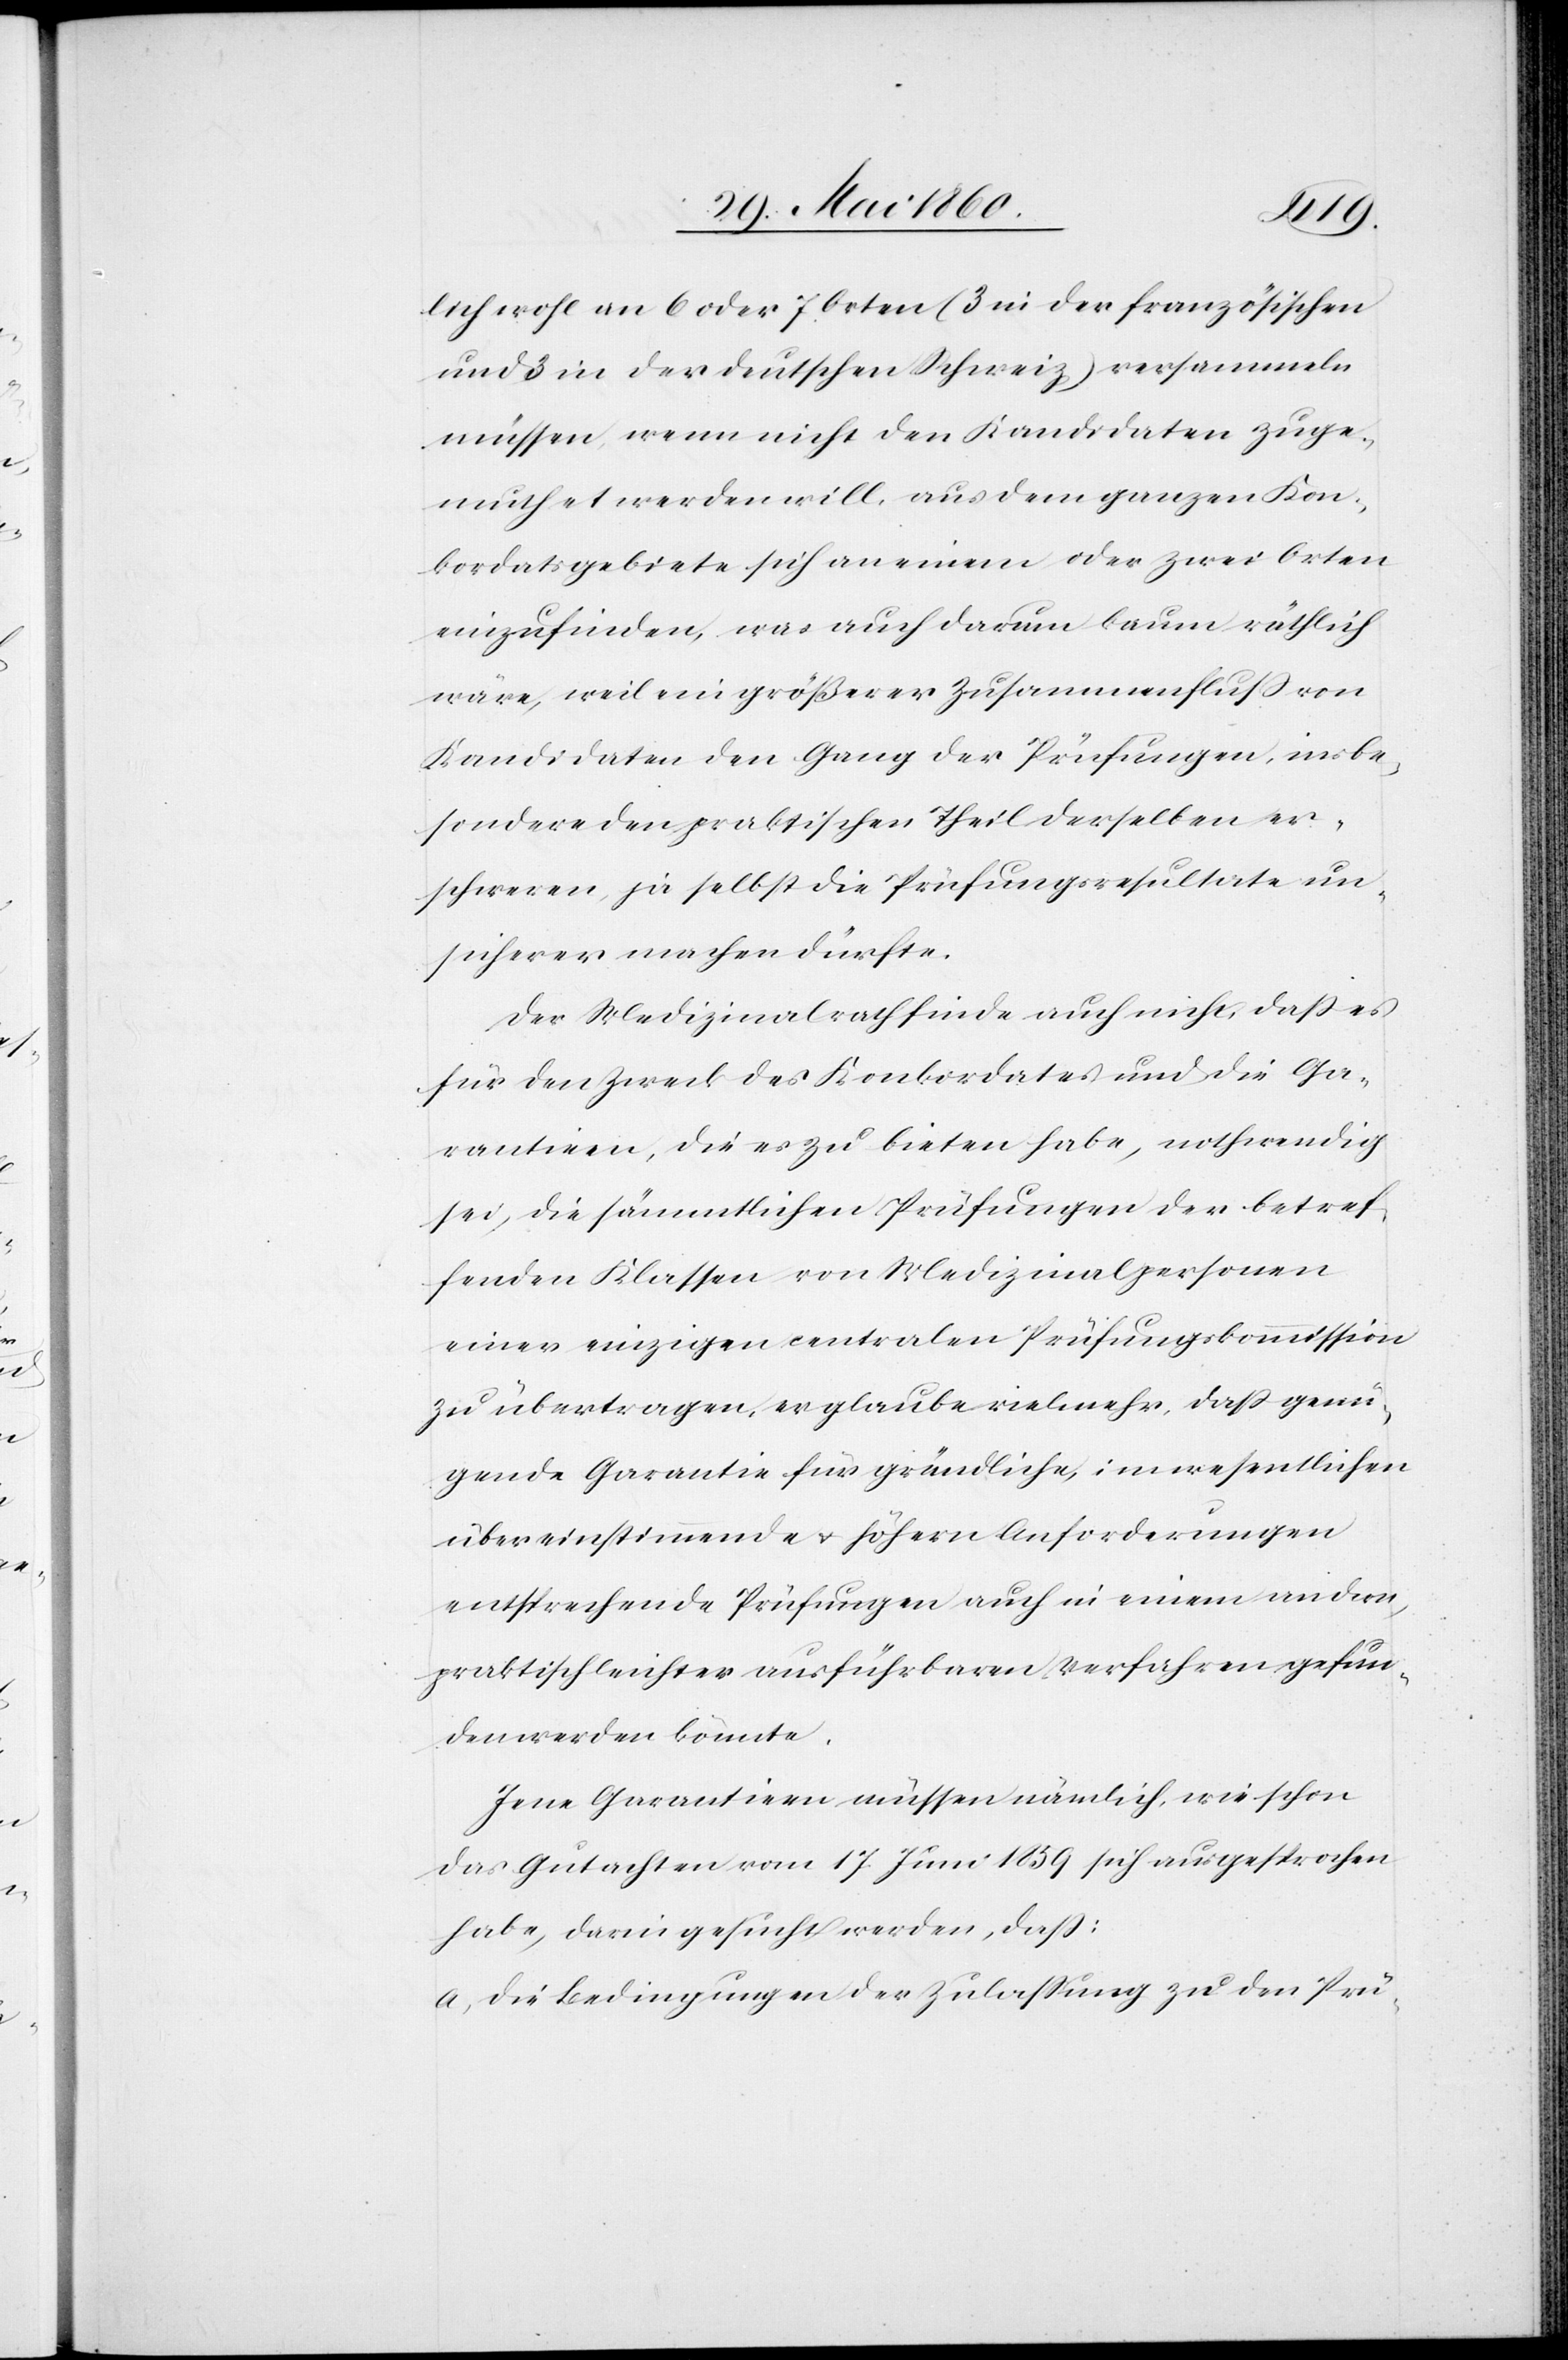
lich wohl in 6 oder 7 Orten (3 in der französischen
und 3 in der deutschen Schweiz) versammeln
müssen, wenn nicht den Kandidaten zuge¬
muthet werden will, aus dem ganzen Kon¬
kordatsgebiete sich an einem oder zwei Orten
einzufinden, was auch darum kaum räthlich
wäre, weil ein größerer Zusammenfluss von
Kandidaten den Gang der Prüfungen, insbe¬
sondere den praktischen Theil derselben er¬
schweren, ja selbst die Prüfungsresultate un¬
sicherer machen dürfte.
Der Medizinalrath finde auch nicht, dass es
für den Zweck des Konkordates und die Ga¬
rantien, die es zu bieten habe, nothwendig
sei, die sämmtlichen Prüfungen der betref¬
fenden Klassen von Medizinalpersonen
einer einzigen centralen Prüfungskommission
zu übertragen, er glaube vielmehr, dass genü¬
gende Garantie für gründliche, im wesentlichen
übereinstimmende u. höhern Anforderungen
entsprechende Prüfungen auch in einem andern,
praktisch leichter ausführbaren Verfahren gefun¬
den werden könnte.
Jene Garantien müssen nämlich, wie schon
das Gutachten vom 17. Juni 1859 sich ausgesprochen
habe, darin gesucht werden, dass:
a. die Bedingungen der Zulassung zu den Prü-